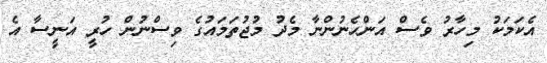
އެކަމަކު މިހާރު ވެސް އަންހެނުންނާ މެދު މުޖުތަމައުގެ ވިސްނުން ހުރީ އަނީސާ އެ